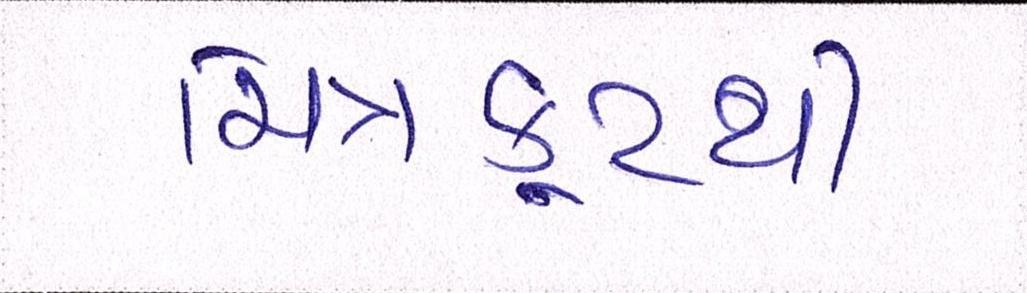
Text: ચિત્રકૂટથી